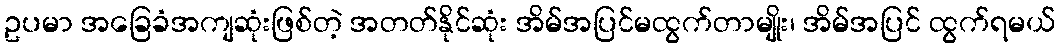
ဥပမာ အခြေခံအကျဆုံးဖြစ်တဲ့ အတတ်နိုင်ဆုံး အိမ်အပြင်မထွက်တာမျိုး၊ အိမ်အပြင် ထွက်ရမယ်